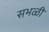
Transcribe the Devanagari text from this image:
सभळी